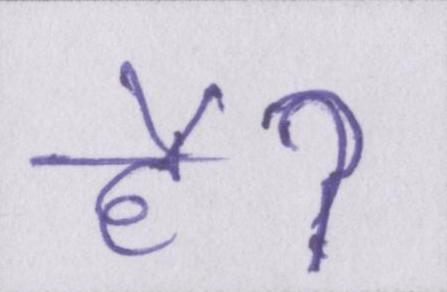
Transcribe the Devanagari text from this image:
हैॽ